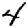
Digit: 4